Annual report of the Punjab Veterinary College and of the Civil Veterinary Department, Punjab - 1926-1932
Year: 1926
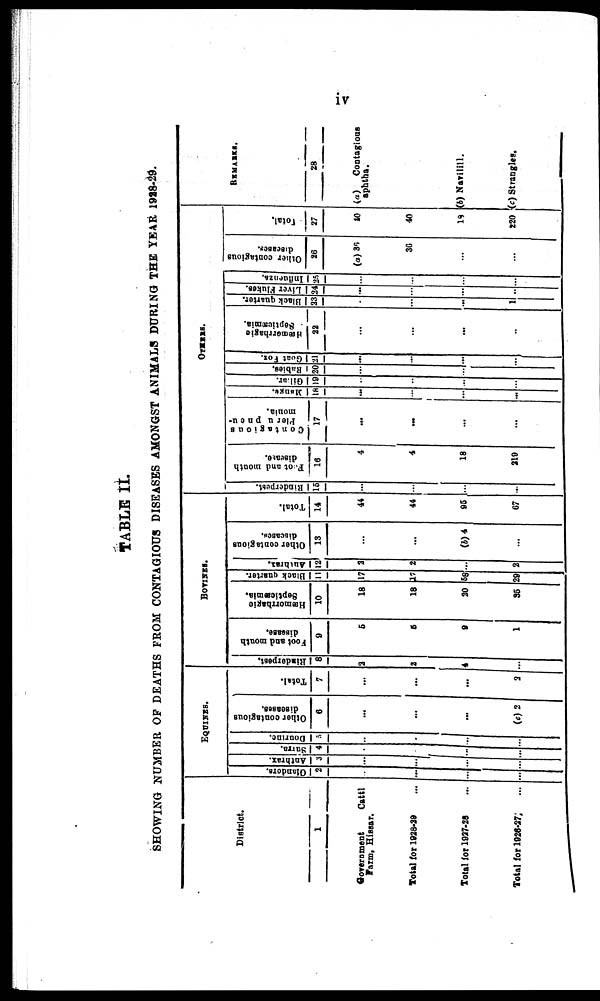
iv
TABLE II.
SHOWING NUMBER OF DEATHS FROM CONTAGIOUS DISEASES AMONGST ANIMALS DURING THE YEAR 1928-29.
District.
1
Government
Cattl
Farm, Hissar.
Total for 1028-29 ...
Total for 1927-28 …
Total for 1026-27
...
EQUINES.
Glanders.
2
…
...
…
…
Anthrax.
3
…
...
…
...
Surra.
4
…
…
…
…
Dourine.
5
…
…
…
…
Other contagious
diseases.
6
…
...
...
(c) 2
Total.
7
…
…
…
3
BOVINES.
Rinderpest.
8
2
2
4
…
Foot and mouth
disease.
9
5
5
9
1
Hæmorrhagic
Septicæmia.
10
18
18
20
35
Black quarter.
11
17
17
58
20
Authrax.
12
2
2
…
2
Other contagious
diseases.
13
…
...
(b) 4
...
Total.
14
44
44
95
67
OTHERS.
Rinderpest.
15
…
...
...
...
Foot and mouth
disease.
16
4
4
18
219
Contagious
Plerupneu-
monia.
17
…
...
...
...
Mange.
18
…
…
…
…
Gil.ur.
19
…
…
…
…
Rubies.
20
…
…
…
…
Goat Fox.
21
…
...
…
…
Hæmorrhagic
Septicæmia.
22
…
...
...
…
Black quarter.
23
…
…
...
1
Liver Flukes.
24
…
…
…
…
Influenza.
25
…
…
…
…
Other contagious
diseases
26
(a) 36
36
…
…
Total.
27
40
40
18
220
REMARKS.
28
(a)
Contagious
aphtha.
(b) Navilill.
c) Strangles.